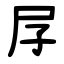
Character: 㞌